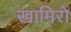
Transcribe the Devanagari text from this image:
खामिरों